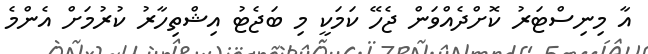
އާ މިނިސްޓަރު ކޮށްދެއްވަން ޖެހޭ ކަމަކީ މި ބަޖެޓު އިޝްތިހާރު ކުރުމަށް އެންމެ